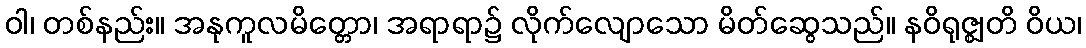
ဝါ၊ တစ်နည်း။ အနုကူလမိတ္တော၊ အရာရာ၌ လိုက်လျောသော မိတ်ဆွေသည်။ နဝိရုဇ္ဈတိ ဝိယ၊